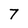
Character: 7